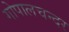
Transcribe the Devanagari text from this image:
गोपालचन्दर